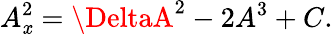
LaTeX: A_{\mathit{x}}^{2}=\DeltaA^{2}-2A^{3}+C.